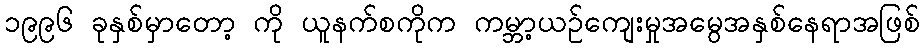
၁၉၉၆ ခုနှစ်မှာတော့ ကို ယူနက်စကိုက ကမ္ဘာ့ယဉ်ကျေးမှုအမွေအနှစ်နေရာအဖြစ်